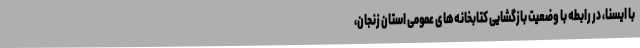
با ایسنا، در رابطه با وضعیت بازگشایی کتابخانه‌های عمومی استان زنجان،